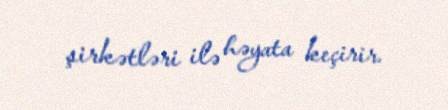
şirkətləri ilə həyata keçirir.